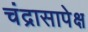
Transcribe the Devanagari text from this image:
चंद्रासापेक्ष